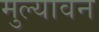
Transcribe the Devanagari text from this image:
मुल्यावन